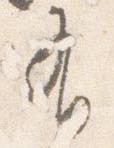
有